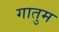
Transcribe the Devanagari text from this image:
गातुम